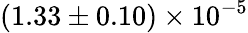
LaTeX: (1.33\pm 0.10)\times 10^{-5}